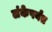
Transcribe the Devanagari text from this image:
लंकेपर्यंत